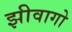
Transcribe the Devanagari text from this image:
झीवागो